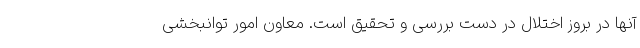
آنها در بروز اختلال در دست بررسی و تحقیق است. معاون امور توانبخشی